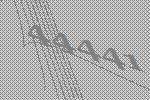
44441